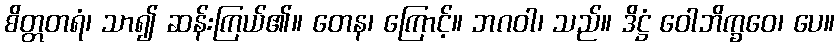
စိတ္တတရံ၊ သာ၍ ဆန်းကြယ်၏။ တေန၊ ကြောင့်။ ဘဂဝါ၊ သည်။ ဒိဋ္ဌံ ဝေါဘိက္ခဝေ၊ ပေ။